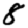
Digit: 8